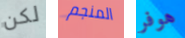
لكن المنجم هوفر